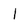
Character: l